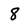
Character: 8